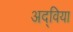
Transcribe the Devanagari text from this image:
अद्विया